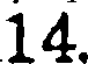
14.